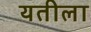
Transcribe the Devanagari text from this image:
यतीला